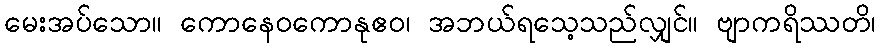
မေးအပ်သော။ ကောနေဝကောနုဧဝ၊ အဘယ်ရသေ့သည်လျှင်။ ဗျာကရိဿတိ၊